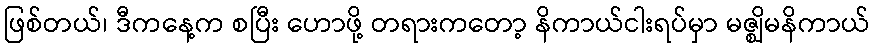
ဖြစ်တယ်၊ ဒီကနေ့က စပြီး ဟောဖို့ တရားကတော့ နိကာယ်ငါးရပ်မှာ မဇ္ဈိမနိကာယ်